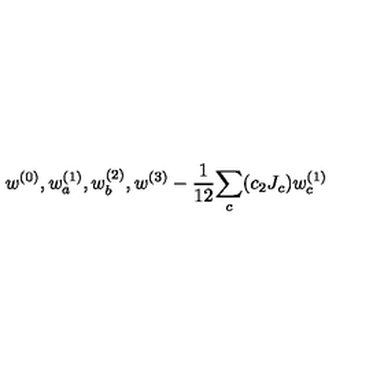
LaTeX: w ^ { ( 0 ) } , w _ { a } ^ { ( 1 ) } , w _ { b } ^ { ( 2 ) } , w ^ { ( 3 ) } - { \frac { 1 } { 1 2 } } { \sum _ { c } ( c _ { 2 } J _ { c } ) w _ { c } ^ { ( 1 ) } }